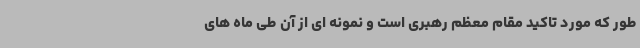
طور که مورد تاکید مقام معظم رهبری است و نمونه ای از آن طی ماه های